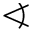
\sphericalangle